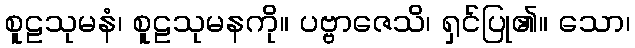
စူဠသုမနံ၊ စူဠသုမနကို။ ပဗ္ဗာဇေသိ၊ ရှင်ပြု၏။ သော၊